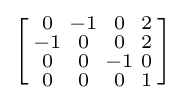
\left[{\begin{smallmatrix}0&-1&0&2\\-1&0&0&2\\0&0&-1&0\\0&0&0&1\\\end{smallmatrix}}\right]